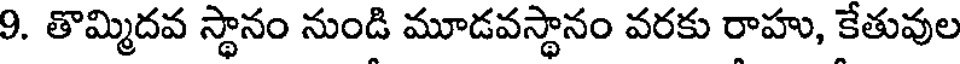
9. తొమ్మిదవ స్థానం నుండి మూడవస్థానం వరకు రాహు, కేతువుల